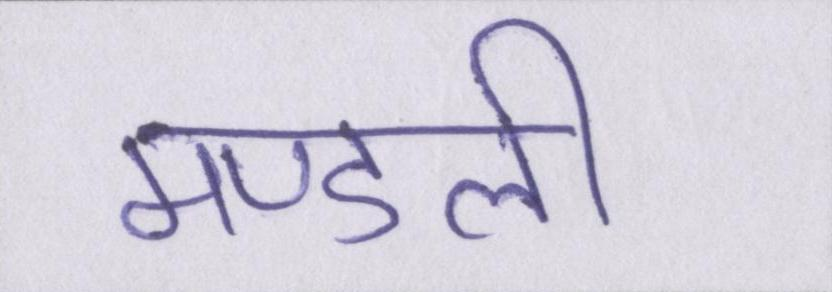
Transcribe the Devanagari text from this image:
मण्डली